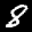
Digit: 8